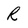
Character: R